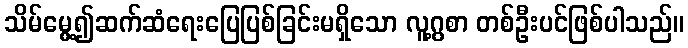
သိမ်မွေ့၍ဆက်ဆံရေးပြေပြစ်ခြင်းမရှိသော လူ့ဂွစာ တစ်ဦးပင်ဖြစ်ပါသည်။